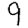
Digit: 9